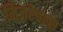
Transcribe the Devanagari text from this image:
मिजरेबल्स